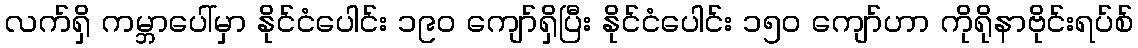
လက်ရှိ ကမ္ဘာပေါ်မှာ နိုင်ငံပေါင်း ၁၉၀ ကျော်ရှိပြီး နိုင်ငံပေါင်း ၁၅၀ ကျော်ဟာ ကိုရိုနာဗိုင်းရပ်စ်